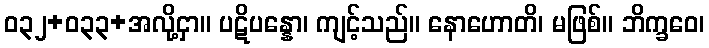
ဝ၃၂+၀၃၃+အလို့ငှာ။ ပဋိပန္နော၊ ကျင့်သည်။ နောဟောတိ၊ မဖြစ်။ ဘိက္ခဝေ၊